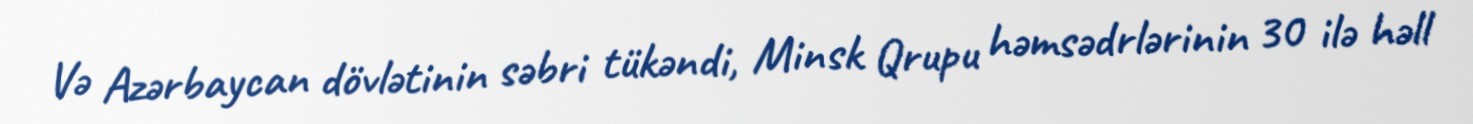
Və Azərbaycan dövlətinin səbri tükəndi, Minsk Qrupu həmsədrlərinin 30 ilə həll